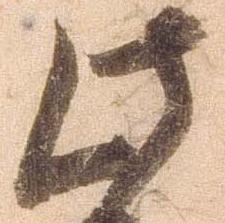
此